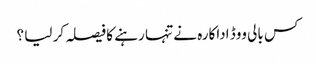
کس بالی ووڈ اداکارہ نے تنہا رہنے کا فیصلہ کر لیا ؟